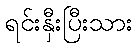
ရင်းနှီးပြီးသား